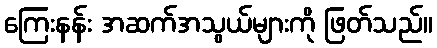
ကြေးနန်း အဆက်အသွယ်များကို ဖြတ်သည်။